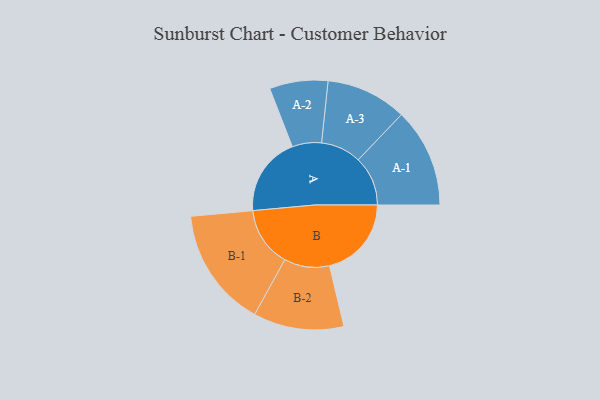
{"axis": {"x": "Segment", "y": "Value"}, "legend": ["", "A", "B"], "data": [{"x": "A", "y": 369, "type": ""}, {"x": "B", "y": 382, "type": ""}, {"x": "A-1", "y": 231, "type": "A"}, {"x": "A-2", "y": 136, "type": "A"}, {"x": "A-3", "y": 188, "type": "A"}, {"x": "B-1", "y": 279, "type": "B"}, {"x": "B-2", "y": 211, "type": "B"}]}